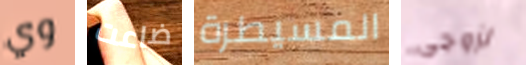
وي ضاعت المسيطرة لزوجي